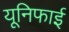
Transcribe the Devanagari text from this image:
यूनिफाई